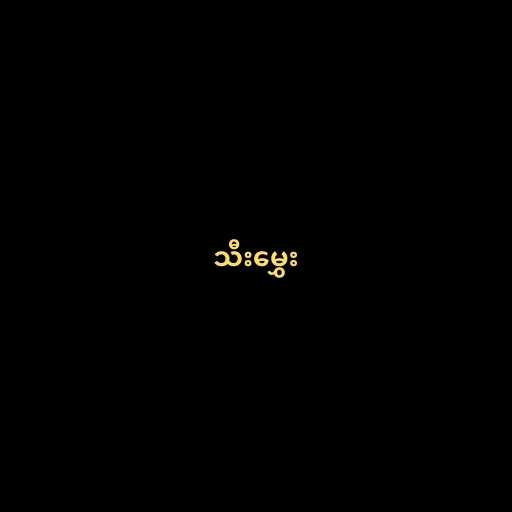
သီးမွှေး